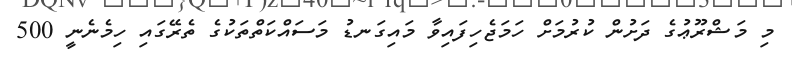
މި މަޝްރޫޢުގެ ދަށުން ކުރުމަށް ހަމަޖެހިފައިވާ މައިގަނޑު މަސައްކަތްތަކުގެ ތެރޭގައި ހިމެނެނީ 500